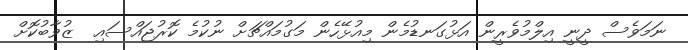
ނަމަވެސް ދީނީ އިލްމުވެރީން އަޅުގަނޑުމެން މިއުޅޭހެން މަގުމައްޗަށް ނުކުމެ ކޮރުޖައްސައި  ޒުވާބުކޮށް